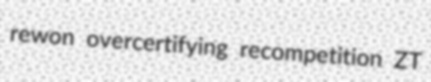
rewon overcertifying recompetition ZT